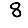
Digit: 8